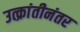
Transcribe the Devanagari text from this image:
उत्क्रांतीनंतर